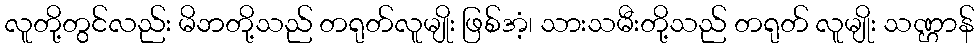
လူတို့တွင်လည်း မိဘတို့သည် တရုတ်လူမျိုး ဖြစ်အံ့၊ သားသမီးတို့သည် တရုတ် လူမျိုး သဏ္ဌာန်